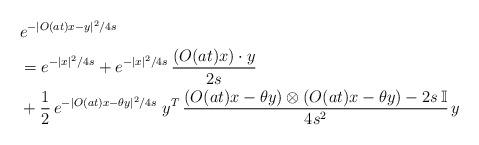
LaTeX: \begin{align*}& e^{-|O(at)x-y|^2/4s} \\&=e^{-|x|^2/4s}+e^{-|x|^2/4s}\,\frac{\left(O(at)x\right)\cdot y}{2s} \\&+\frac{1}{2}\,e^{-|O(at)x-\theta y|^2/4s}\; y^T\,\frac{\left(O(at)x-\theta y\right)\otimes \left(O(at)x-\theta y\right)-2s\,\mathbb I}{4s^2}\, y\end{align*}